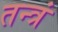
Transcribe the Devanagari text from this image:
तन्त्रं